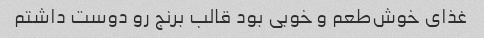
غذای خوش‌طعم و خوبی بود قالب برنج رو دوست داشتم